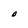
Character: O